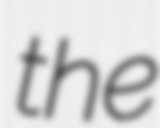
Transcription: the